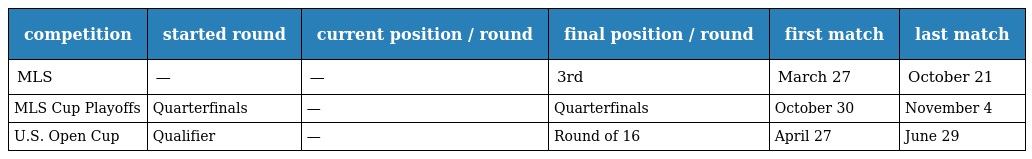
| competition | started round | current position / round | final position / round | first match | last match |
 | --- | --- | --- | --- | --- | --- |
 | MLS | — | — | 3rd | March 27 | October 21 |
 | MLS Cup Playoffs | Quarterfinals | — | Quarterfinals | October 30 | November 4 |
 | U.S. Open Cup | Qualifier | — | Round of 16 | April 27 | June 29 |